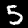
Digit: 5